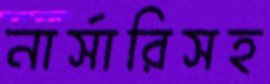
নার্সারিসহ